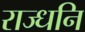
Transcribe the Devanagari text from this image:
राज्धनि